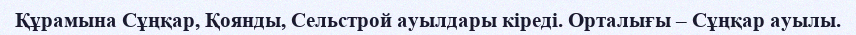
Құрамына Сұңқар, Қоянды, Сельстрой ауылдары кіреді. Орталығы – Сұңқар ауылы.